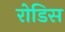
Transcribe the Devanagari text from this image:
रोडिस